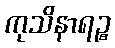
ကုသိနာရဉ္စ